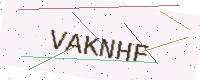
Text: VAKNHF